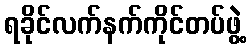
ရခိုင်လက်နက်ကိုင်တပ်ဖွဲ့